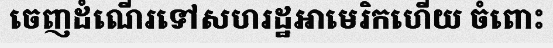
ចេញដំណើរទៅសហរដ្ឋអាមេរិកហើយ ចំពោះ